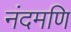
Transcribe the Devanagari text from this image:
नंदमणि